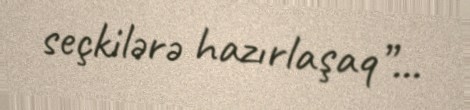
seçkilərə hazırlaşaq”...